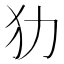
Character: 𤜜